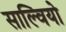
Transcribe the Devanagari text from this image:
साल्वियो